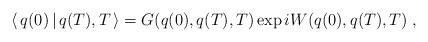
LaTeX: \begin{align*}\langle \, q(0) \, | \, q(T) , T \, \rangle = G ( q(0), q(T), T )\exp i W ( q(0), q(T), T) \; ,\end{align*}